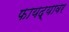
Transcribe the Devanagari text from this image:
फायद्यावर